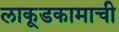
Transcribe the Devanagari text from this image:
लाकूडकामाची